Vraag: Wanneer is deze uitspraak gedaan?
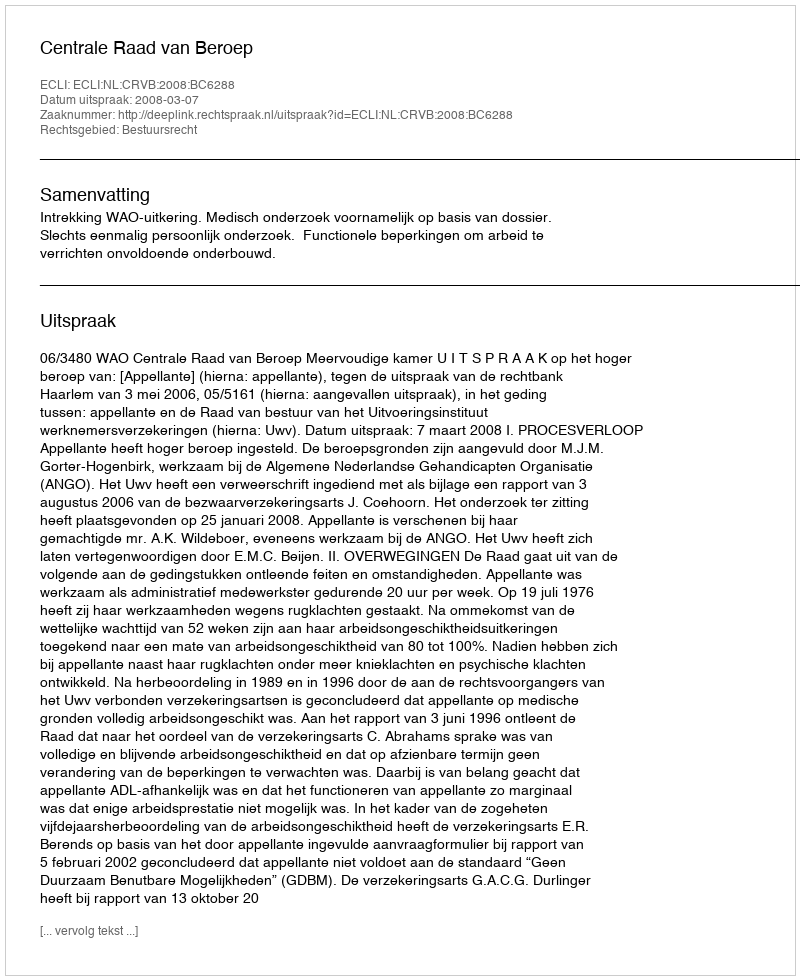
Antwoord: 2008-03-07